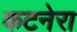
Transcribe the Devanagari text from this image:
कटनेरा